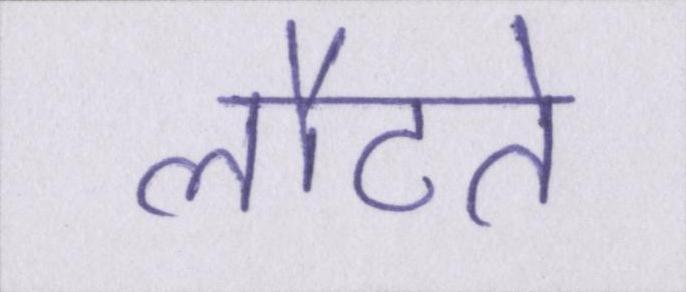
लौटते